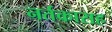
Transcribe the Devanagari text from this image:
नर्तकासह